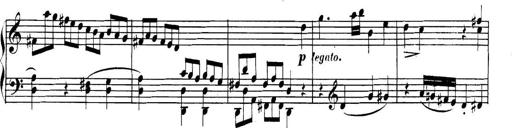
Title: Collected Piano Sonatas
Composer: Muzio Clementi